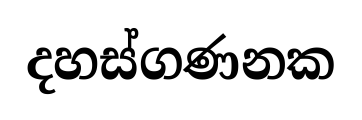
දහස්ගණනක